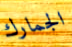
الجمارك